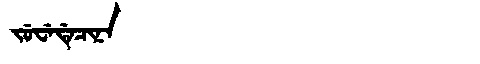
Manchu: ᠵᡠᠸᡝᡩᡝᠴᡳᠨᠠ
Romanization: JUWEDECINA